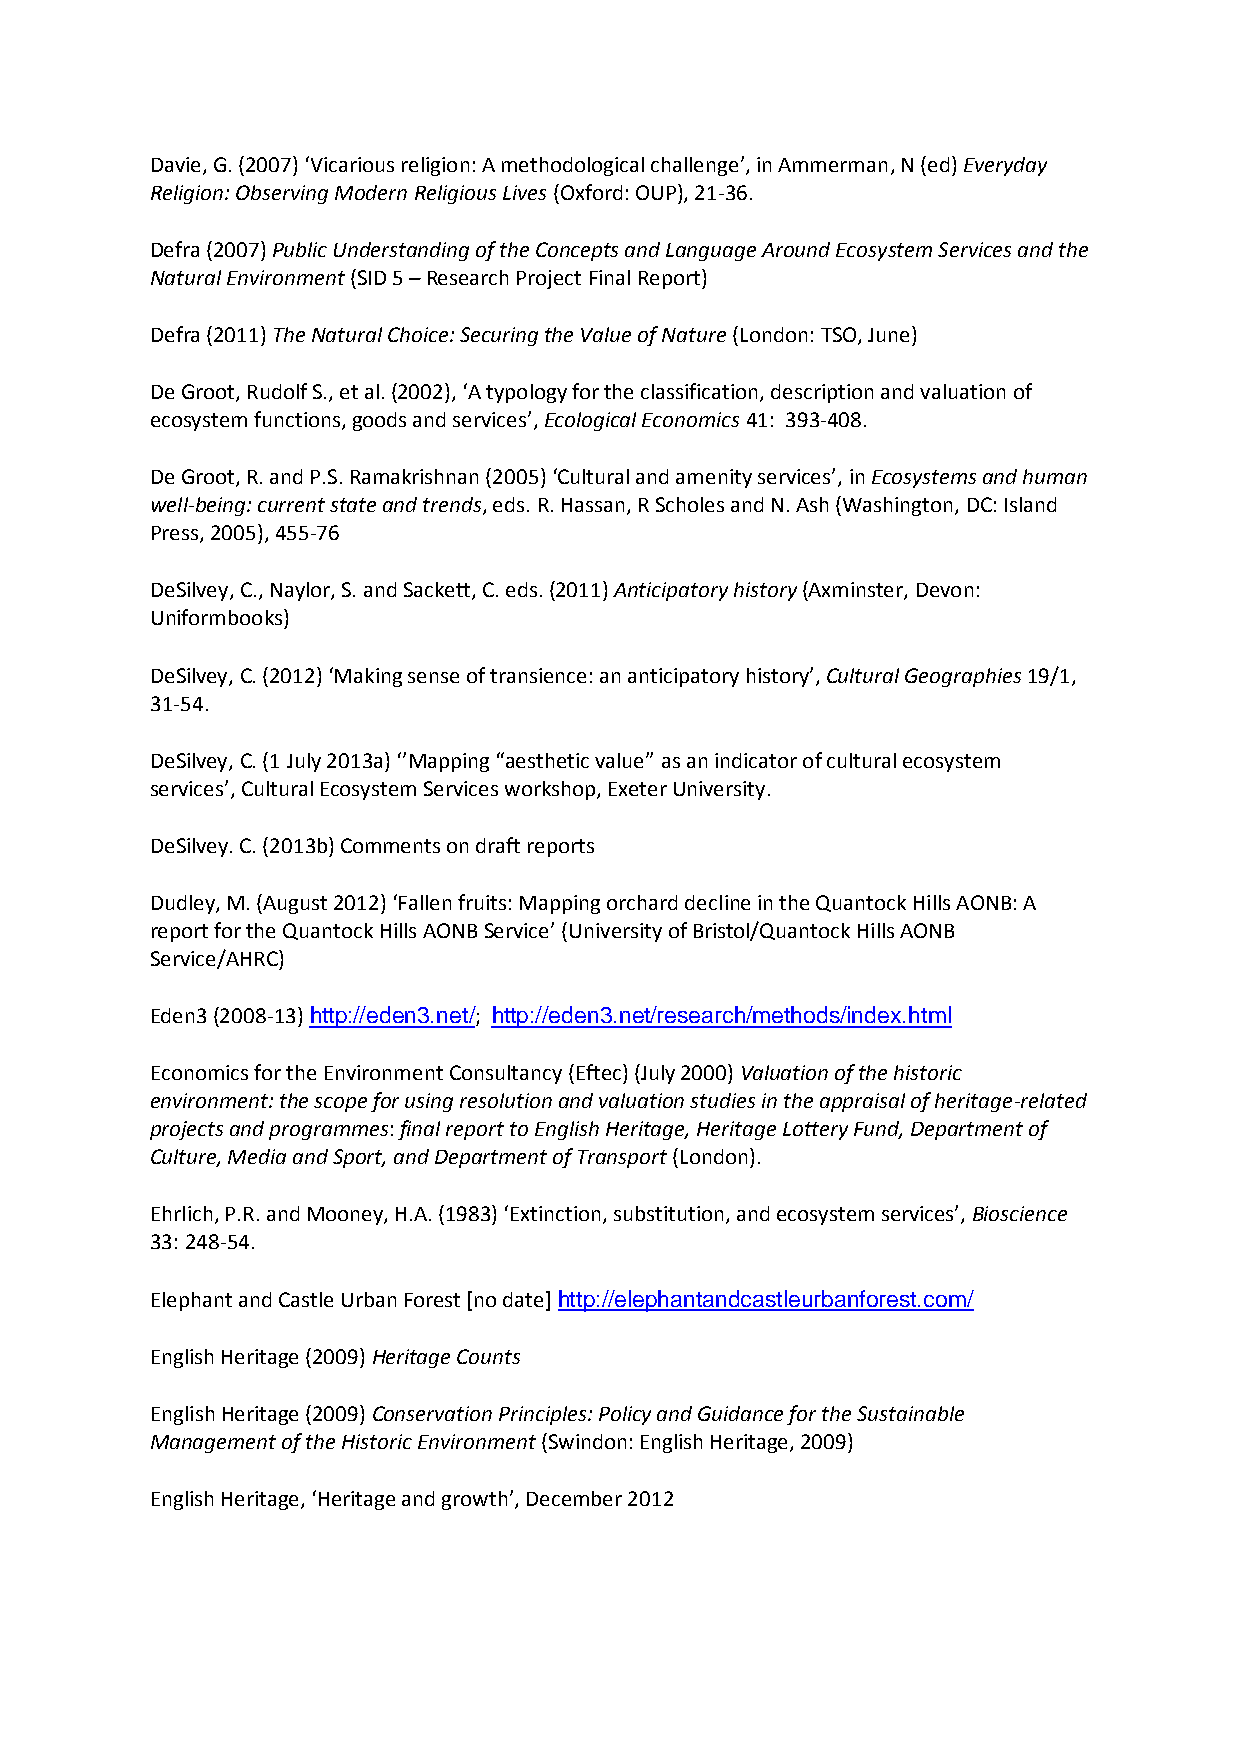
Davie, G. (2007) ‘Vicarious religion: A methodological challenge’, in Ammerman, N (ed) Everyday
 Religion: Observing Modern Religious Lives (Oxford: OUP), 21-36.
 Defra (2007) Public Understanding of the Concepts and Language Around Ecosystem Services and the
 Natural Environment (SID 5 – Research Project Final Report)
 Defra (2011) The Natural Choice: Securing the Value of Nature (London: TSO, June)
 De Groot, Rudolf S., et al. (2002), ‘A typology for the classification, description and valuation of
 ecosystem functions, goods and services’, Ecological Economics 41: 393-408.
 De Groot, R. and P.S. Ramakrishnan (2005) ‘Cultural and amenity services’, in Ecosystems and human
 well-being: current state and trends, eds. R. Hassan, R Scholes and N. Ash (Washington, DC: Island
 Press, 2005), 455-76
 DeSilvey, C., Naylor, S. and Sackett, C. eds. (2011) Anticipatory history (Axminster, Devon:
 Uniformbooks)
 DeSilvey, C. (2012) ‘Making sense of transience: an anticipatory history’, Cultural Geographies 19/1,
 31-54.
 DeSilvey, C. (1 July 2013a) ‘’Mapping “aesthetic value” as an indicator of cultural ecosystem
 services’, Cultural Ecosystem Services workshop, Exeter University.
 DeSilvey. C. (2013b) Comments on draft reports
 Dudley, M. (August 2012) ‘Fallen fruits: Mapping orchard decline in the Quantock Hills AONB: A
 report for the Quantock Hills AONB Service’ (University of Bristol/Quantock Hills AONB
 Service/AHRC)
 Eden3 (2008-13) http://eden3.net/; http://eden3.net/research/methods/index.html
 Economics for the Environment Consultancy (Eftec) (July 2000) Valuation of the historic
 environment: the scope for using resolution and valuation studies in the appraisal of heritage-related
 projects and programmes: final report to English Heritage, Heritage Lottery Fund, Department of
 Culture, Media and Sport, and Department of Transport (London).
 Ehrlich, P.R. and Mooney, H.A. (1983) ‘Extinction, substitution, and ecosystem services’, Bioscience
 33: 248-54.
 Elephant and Castle Urban Forest [no date] http://elephantandcastleurbanforest.com/
 English Heritage (2009) Heritage Counts
 English Heritage (2009) Conservation Principles: Policy and Guidance for the Sustainable
 Management of the Historic Environment (Swindon: English Heritage, 2009)
 English Heritage, ‘Heritage and growth’, December 2012